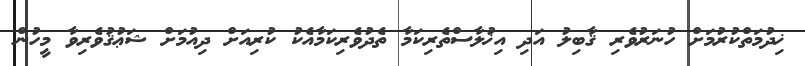
ޚިދުމަތްކުރުމަށް ހުނަރުވެރި ޤާބިލު އަދި އިޚުލާސްތެރިކަމާ ތެދުވެރިކަމާއެކު ކުރިއަށް ދިއުމަށް ޝަޢުޤުވެރިވާ މީހުން